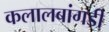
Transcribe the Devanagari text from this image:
कलालबांगडी